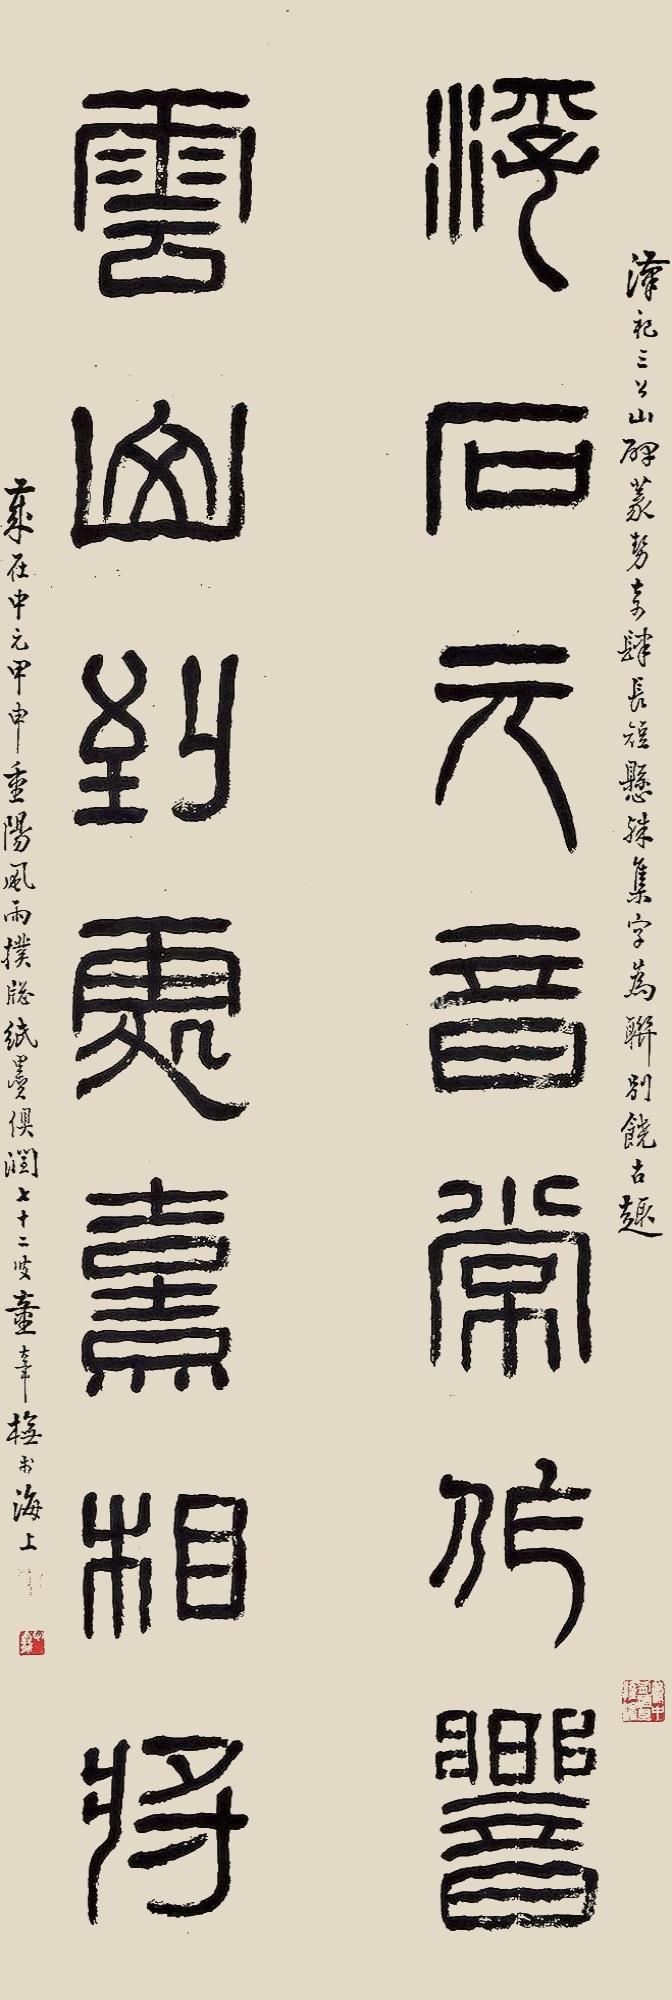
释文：浮石母音常作响，云山到处熹相将。汉祀三公山碑，篆势奇肆，长短悬殊，集字为联，别饶古趣。岁在中元甲申重阳，风雨扑窗，纸墨俱润，七十二叟童大年橅于海上。